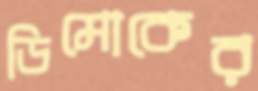
ডিমোকের